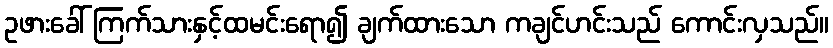
ဥဖားခေါ် ကြက်သားနှင့်ထမင်းရော၍ ချက်ထားသော ကချင်ဟင်းသည် ကောင်းလှသည်။